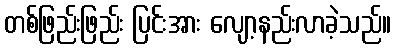
တစ်ဖြည်းဖြည်း ပြင်းအား လျော့နည်းလာခဲ့သည်။